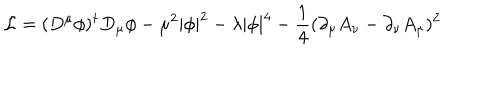
{ \cal L } = ( D ^ { \mu } \phi ) ^ { \dagger } D _ { \mu } \phi - \mu ^ { 2 } | \phi | ^ { 2 } - \lambda | \phi | ^ { 4 } - \frac { 1 } { 4 } ( \partial _ { \mu } A _ { \nu } - \partial _ { \nu } A _ { \mu } ) ^ { 2 }